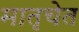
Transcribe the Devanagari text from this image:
मातृचेत